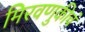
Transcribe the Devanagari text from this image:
मिरवणुकीचं